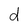
Character: d